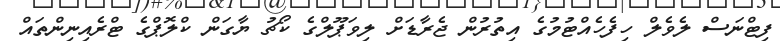
ފިޓްނަސް ލެވެލް ހިފެހެއްޓުމުގެ އިތުރުން ޖެރާޑަށް ލިވަޕޫލްގެ ކޯޗު ޔާގަން ކްލޮޕްގެ ޓްރެއިނިންތައް